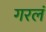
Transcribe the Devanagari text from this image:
गरलं